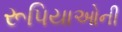
રૂપિયાઓની